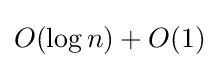
O(\log n)+O(1)